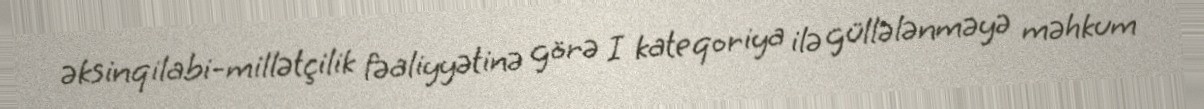
əksinqilabi-millətçilik fəaliyyətinə görə I kateqoriya ilə güllələnməyə məhkum